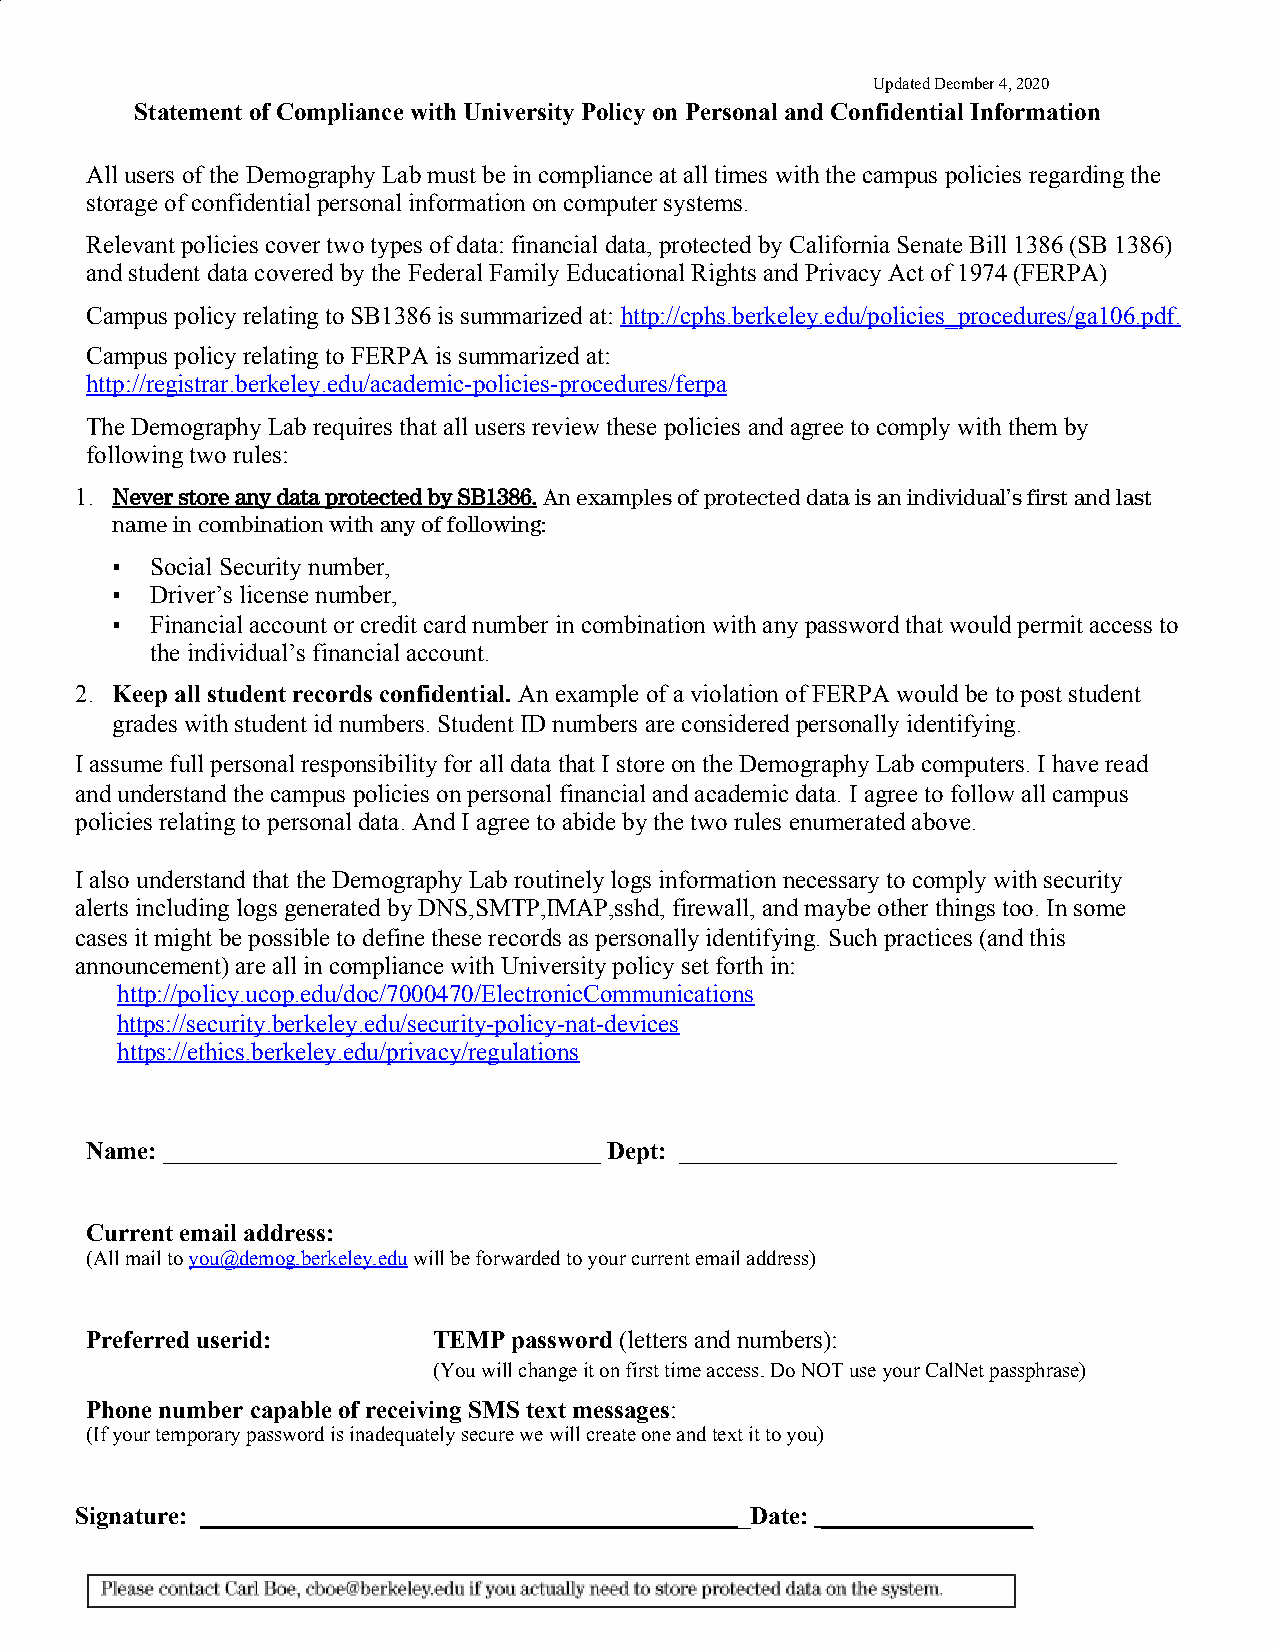
Updated Decmber 4, 2020
 Statement of Compliance with University Policy on Personal and Confidential Information
 All users of the Demography Lab must be in compliance at all times with the campus policies regarding the
 storage of confidential personal information on computer systems.
 Relevant policies cover two types of data: financial data, protected by California Senate Bill 1386 (SB 1386)
 and student data covered by the Federal Family Educational Rights and Privacy Act of 1974 (FERPA)
 Campus policy relating to SB1386 is summarized at: http://cphs.berkeley.edu/policies_procedures/ga106.pdf.
 ​
 Campus policy relating to FERPA is summarized at:
 http://registrar.berkeley.edu/academic-policies-procedures/ferpa
 The Demography Lab requires that all users review these policies and agree to comply with them by
 following two rules:
 1. Never store any data protected by SB1386. An examples of protected data is an individual’s first and last
 ​​
 name in combination with any of following:
 ▪  Social Security number,
 ▪  Driver’s license number,
 ▪  Financial account or credit card number in combination with any password that would permit access to
 the individual’s financial account.
 2. Keep all student records confidential. An example of a violation of FERPA would be to post student
 ​
 grades with student id numbers. Student ID numbers are considered personally identifying.
 I assume full personal responsibility for all data that I store on the Demography Lab computers. I have read
 and understand the campus policies on personal financial and academic data. I agree to follow all campus
 policies relating to personal data. And I agree to abide by the two rules enumerated above.
 I also understand that the Demography Lab routinely logs information necessary to comply with security
 alerts including logs generated by DNS,SMTP,IMAP,sshd, firewall, and maybe other things too. In some
 cases it might be possible to define these records as personally identifying. Such practices (and this
 announcement) are all in compliance with University policy set forth in:
 http://policy.ucop.edu/doc/7000470/ElectronicCommunications
 https://security.berkeley.edu/security-policy-nat-devices
 https://ethics.berkeley.edu/privacy/regulations
 Name: ___________________________________ Dept: ___________________________________
 ​ ​
 Current email address:
 (All mail to you@demog.berkeley.edu will be forwarded to your current email address)
 ​              ​
 Preferred userid:      TEMP password (letters and numbers):
 ​
 (You will change it on first time access. Do NOT use your CalNet passphrase)
 Phone number capable of receiving SMS text messages:
 ​
 (If your temporary password is inadequately secure we will create one and text it to you)
 Signature: ____________________________________________Date: _________________
 ​                                   ​    ​